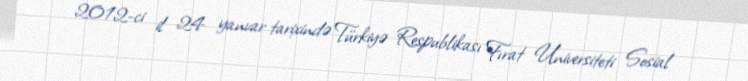
2012-ci il 24 yanvar tarixində Türkiyə Respublikası Fırat Universiteti Sosial